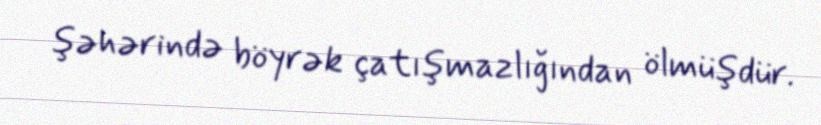
şəhərində böyrək çatışmazlığından ölmüşdür.